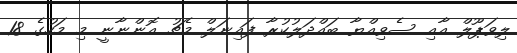
ލިވަޕޫލް އާއި ސެވިއްޔާ ބައްދަލުކުރާ ފައިނަލް މެޗު އޮންނާނީ މި މަހުގެ 18